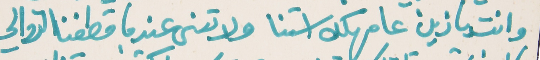
وانت يا زين عا مهلك استنا   ولا تنسى عندما قطفنا الدوالي